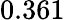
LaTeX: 0.361